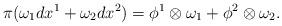
LaTeX: \begin{align*}\pi (\omega_1 d x^1 +\omega_2 d x^2)= \phi^1\otimes \omega_1+\phi^2\otimes \omega_2.\end{align*}